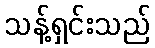
သန့်ရှင်းသည်